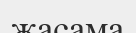
жасама